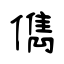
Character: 儁